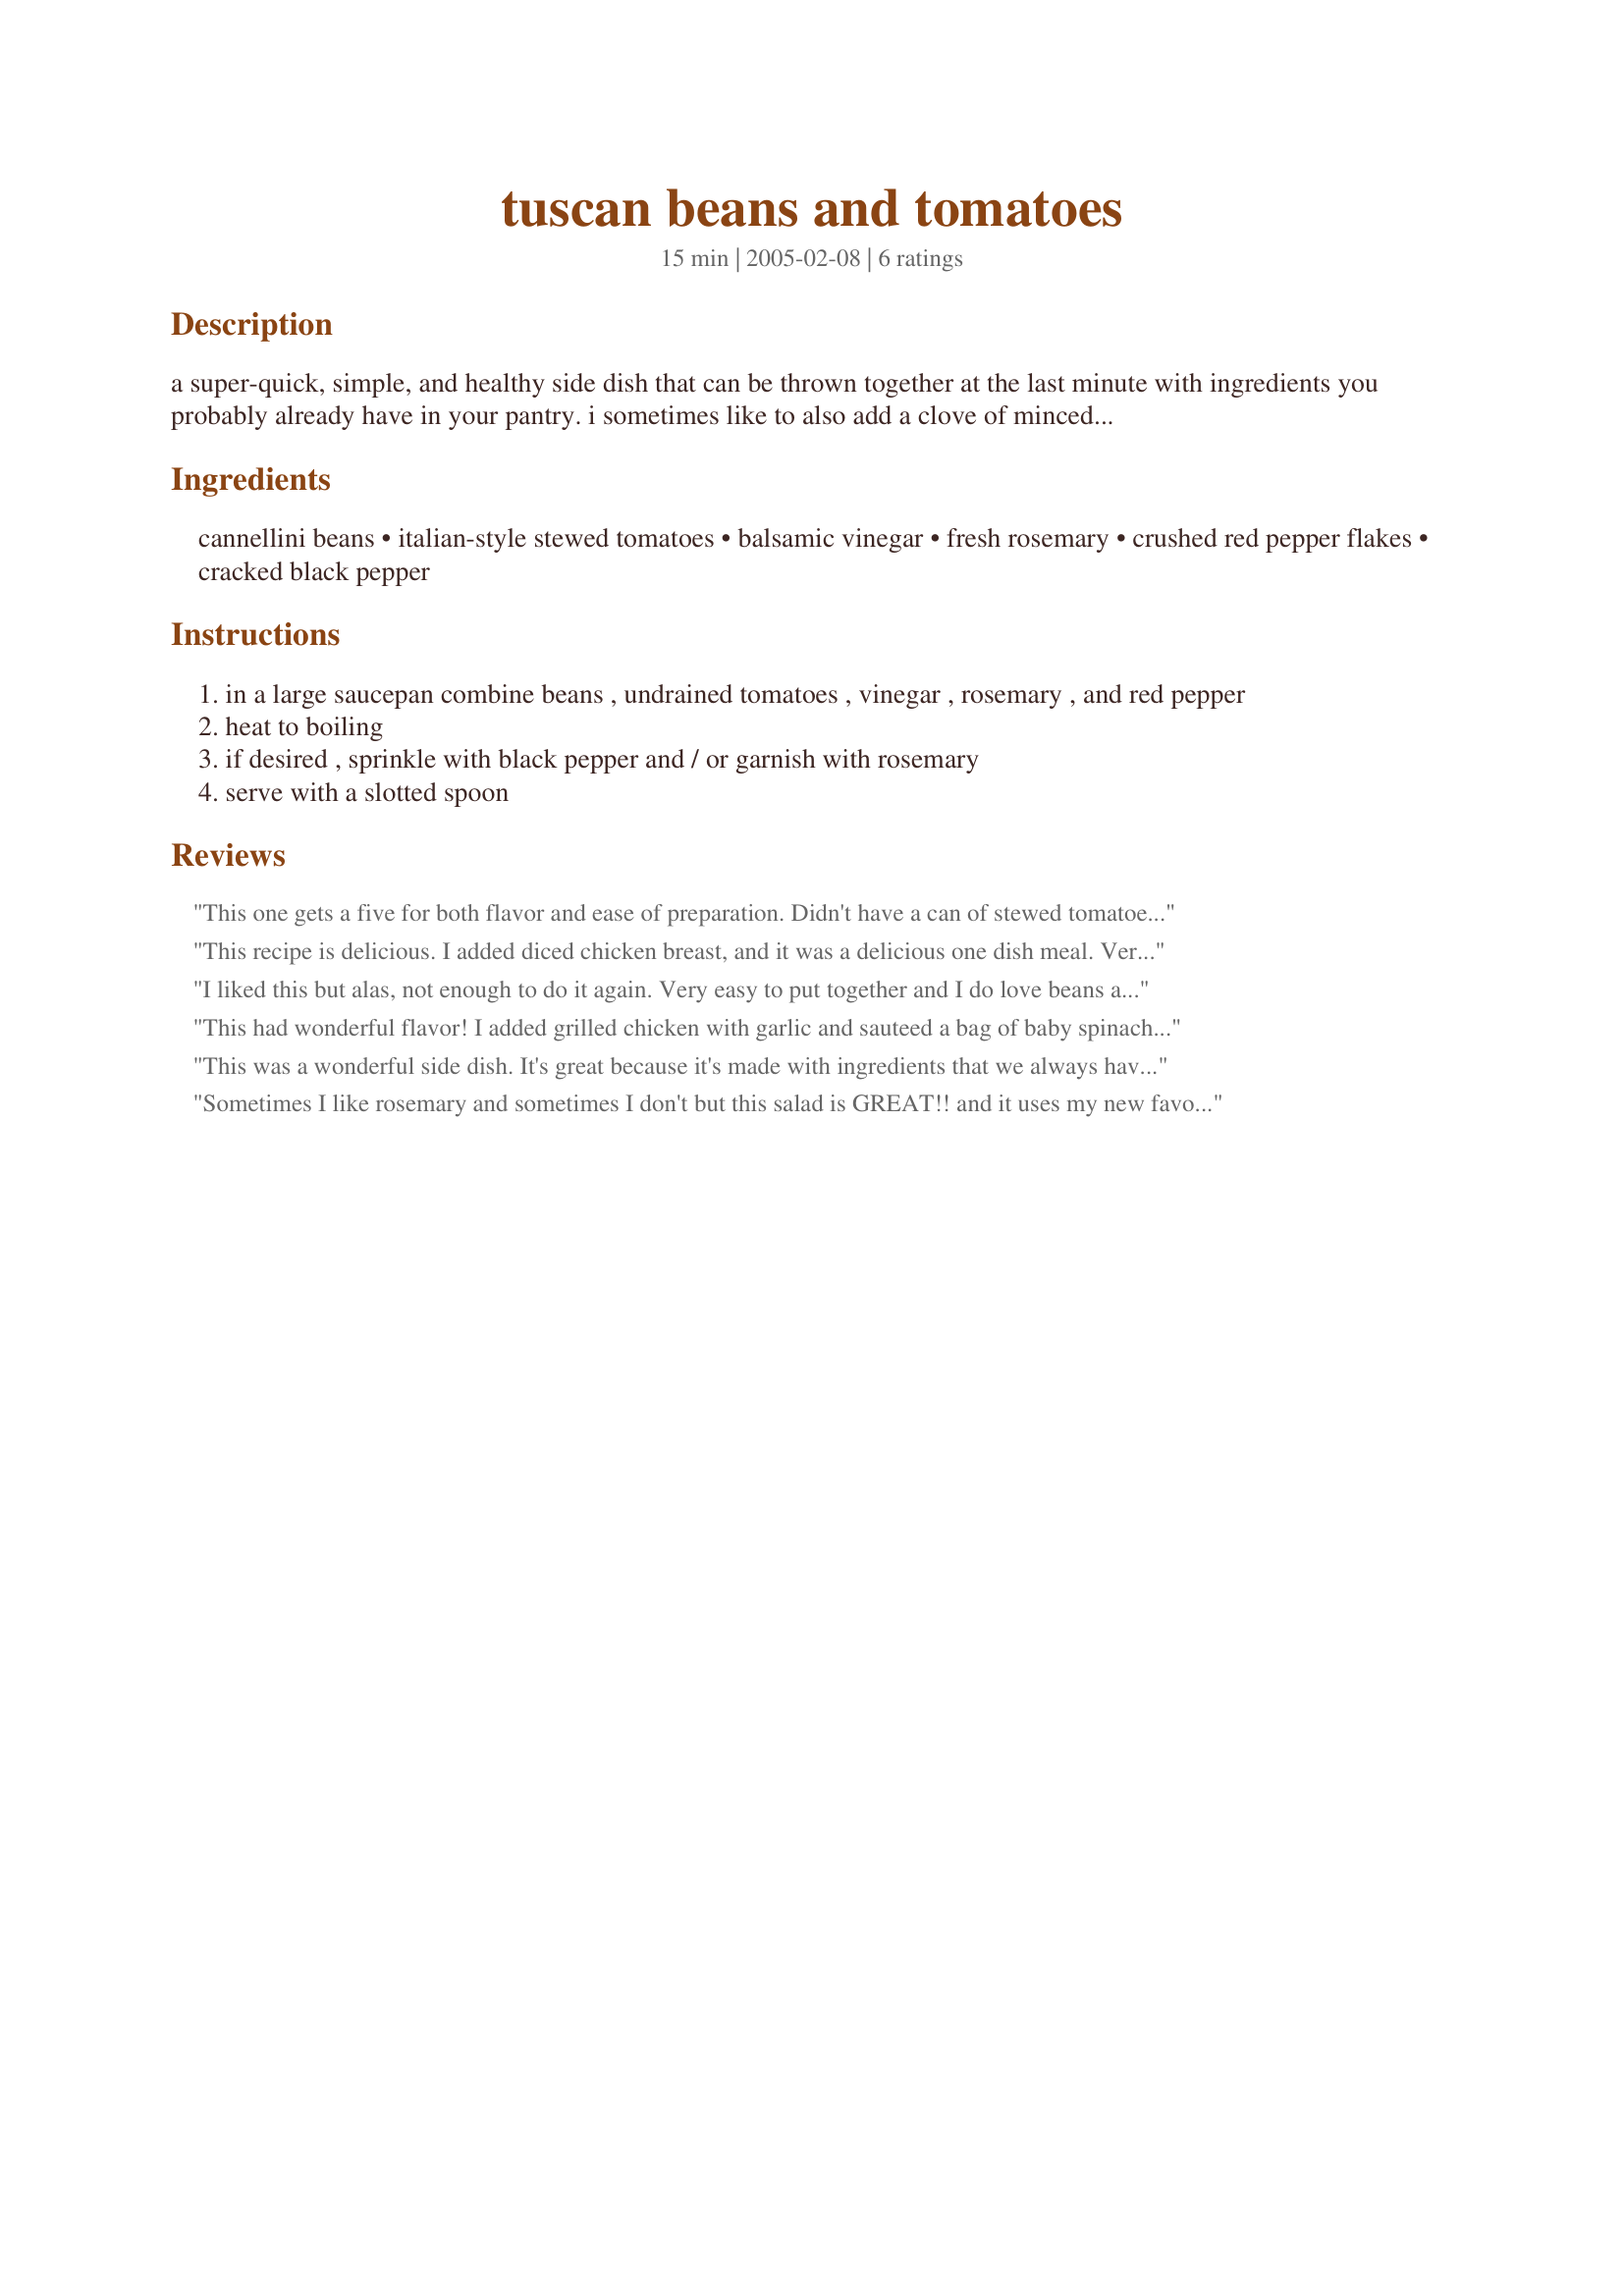
tuscan beans and tomatoes
Preparation time: 15 minutes

a super-quick, simple, and healthy side dish that can be thrown together at the last minute with ingredients you probably already have in your pantry. i sometimes like to also add a clove of minced garlic. from cooking light.

Ingredients:
cannellini beans, italian-style stewed tomatoes, balsamic vinegar, fresh rosemary, crushed red pepper flakes, cracked black pepper

Steps:
in a large saucepan combine beans , undrained tomatoes , vinegar , rosemary , and red pepper
heat to boiling
if desired , sprinkle with black pepper and / or garnish with rosemary
serve with a slotted spoon

Reviews:
This one gets a five for both flavor and ease of preparation. Didn't have a can of stewed tomatoes, so I just used a can of regular tomatoes and added finely minced onion & green pepper. Very hearty and warming and could not be easier to throw together. Thank you Gayla J for sharing the recipe.
This recipe is delicious. I added diced chicken breast, and it was a delicious one dish meal. Very satisfying- I look forward to making it again!
I liked this but alas, not enough to do it again. Very easy to put together and I do love beans and tomatoes (which is what prompted me to try this recipe), but I didn't care for the end result. ( (The above comments were my original review but I would like to add that I came accross the leftovers a couple of days later and found that they were much tastier after being in the fridge for a couple of days. Also I liked it much more served cold, rather than hot.
This had wonderful flavor! I added grilled chicken with garlic and sauteed a bag of baby spinach before serving and it was a great main entree. Many thanks!
This was a wonderful side dish. It's great because it's made with ingredients that we always have. Thanks for posting!
Sometimes I like rosemary and sometimes I don't but this salad is GREAT!! and it uses my new favorite bean, the cannellini bean. Like someone else I liked it after it had set a while and I liked it cold a whole lot. we had this as a side to grilled burgers and brats but I think this is going to be a good lunch box salad also.
